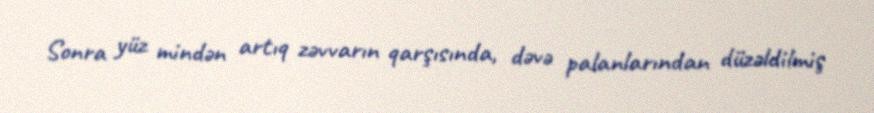
Sonra yüz mindən artıq zəvvarın qarşısında, dəvə palanlarından düzəldilmiş